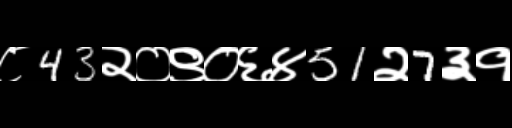
Text: ८43२०९०६४51२7३१